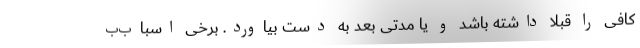
کافی را قبلا داشته باشد و یا مدتی بعد به دست بیاورد. برخی اسباب‌ب